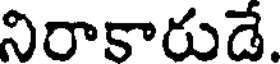
నిరాకారుడే.